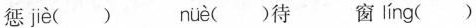
惩 jè () nüè()待 窗 líng ()